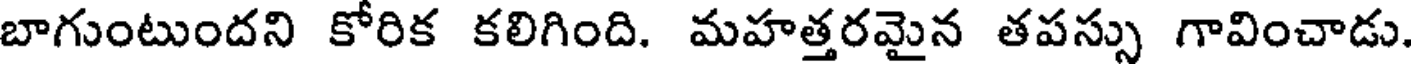
బాగుంటుందని కోరిక కలిగింది. మహత్తరమైన తపస్సు గావించాడు